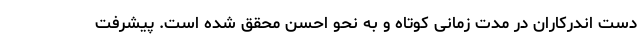
دست اندرکاران در مدت زمانی کوتاه و به نحو احسن محقق شده است. پیشرفت